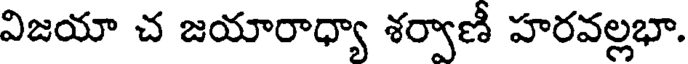
విజయా చ జయారాధ్యా శర్వాణీ హరవల్లభా.